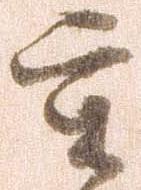
重